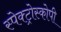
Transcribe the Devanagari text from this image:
स्‍पेक्‍ट्रोस्‍कोपी